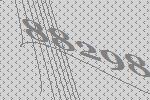
88298